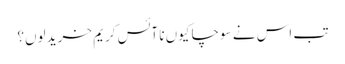
تب اس نے سوچا کیوں نا آئس کریم خرید لوں؟